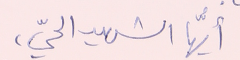
أيُّها الشهيد الحيّ،